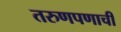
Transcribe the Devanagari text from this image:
तरुणपणाची